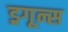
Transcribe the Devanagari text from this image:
ड्रगून्स